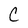
Character: C